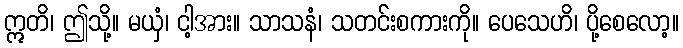
ဣတိ၊ ဤသို့။ မယှံ၊ ငါ့အား။ သာသနံ၊ သတင်းစကားကို။ ပေသေဟိ၊ ပို့စေလော့။